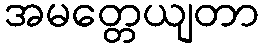
အမတ္တေယျတာ